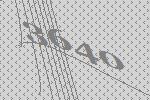
3640